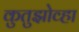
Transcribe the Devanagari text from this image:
कुतुझोव्हा